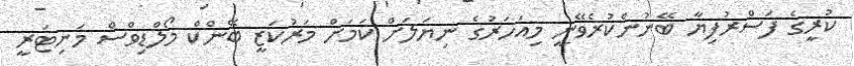
ކުރީގެ ފަސްރުފިޔާ ބޭނުންކުރެވޭނީ މިއަހަރުގެ ނިޔަލަށް ކަމަށް މަރުކަޒީ ބޭންކް މޯލްޑިވްސް މަނިޓަރީ